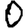
Digit: 0